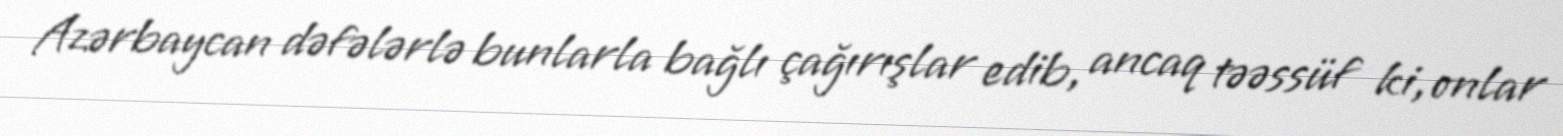
Azərbaycan dəfələrlə bunlarla bağlı çağırışlar edib, ancaq təəssüf ki, onlar